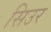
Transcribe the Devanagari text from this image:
सिउर